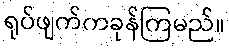
ရုပ်ဖျက်ကခုန်ကြမည်။